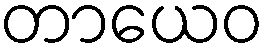
တာယေဝ